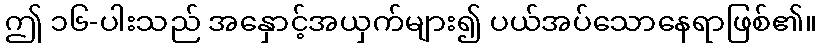
ဤ ၁၆-ပါးသည် အနှောင့်အယှက်များ၍ ပယ်အပ်သောနေရာဖြစ်၏။